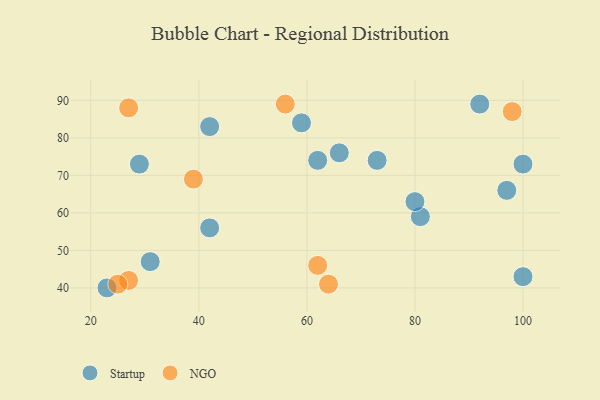
{"axis": {"x": "GDP", "y": "Life Expectancy"}, "legend": ["NGO", "Startup"], "data": [{"x": "73", "y": 74, "type": "Startup"}, {"x": "100", "y": 43, "type": "Startup"}, {"x": "81", "y": 59, "type": "Startup"}, {"x": "31", "y": 47, "type": "Startup"}, {"x": "97", "y": 66, "type": "Startup"}, {"x": "66", "y": 76, "type": "Startup"}, {"x": "29", "y": 73, "type": "Startup"}, {"x": "100", "y": 73, "type": "Startup"}, {"x": "42", "y": 83, "type": "Startup"}, {"x": "42", "y": 56, "type": "Startup"}, {"x": "59", "y": 84, "type": "Startup"}, {"x": "23", "y": 40, "type": "Startup"}, {"x": "92", "y": 89, "type": "Startup"}, {"x": "62", "y": 74, "type": "Startup"}, {"x": "80", "y": 63, "type": "Startup"}, {"x": "27", "y": 42, "type": "NGO"}, {"x": "39", "y": 69, "type": "NGO"}, {"x": "27", "y": 88, "type": "NGO"}, {"x": "25", "y": 41, "type": "NGO"}, {"x": "62", "y": 46, "type": "NGO"}, {"x": "64", "y": 41, "type": "NGO"}, {"x": "56", "y": 89, "type": "NGO"}, {"x": "98", "y": 87, "type": "NGO"}]}